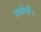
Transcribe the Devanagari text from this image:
जयेगी।